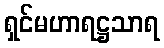
ရှင်မဟာရဋ္ဌသာရ